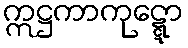
ဣဋ္ဌကာကုဋ္ဋော